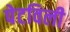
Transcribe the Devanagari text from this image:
पेटविली